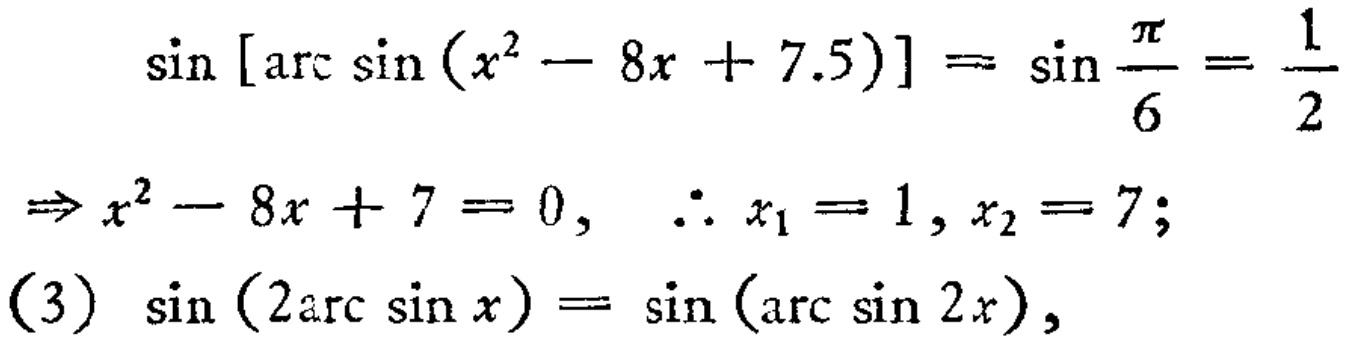
\[\begin{align*}
\sin[\arcsin(x^{2}-8x + 7.5)]&=\sin\frac{\pi}{6}=\frac{1}{2}\\
\Rightarrow x^{2}-8x + 7&=0,\ \therefore x_{1}=1,x_{2}=7;\\
(3)\ \sin(2\arcsin x)&=\sin(\arcsin 2x),
\end{align*}\]